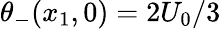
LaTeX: \theta_{-}(x_{1},0)=2U_{0}/3